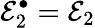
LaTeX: \mathcal{E}_{2}^{\bullet}=\mathcal{E}_{2}